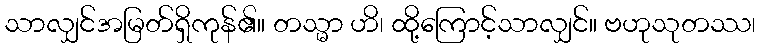
သာလျှင်အမြတ်ရှိကုန်၏။ တသ္မာ ဟိ၊ ထို့ကြောင့်သာလျှင်။ ဗဟုသုတဿ၊